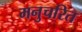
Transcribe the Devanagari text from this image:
मनुचरित